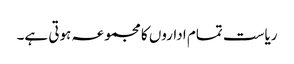
ریاست تمام اداروں کا مجموعہ ہوتی ہے۔